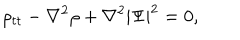
\rho _ { t t } - \nabla ^ { 2 } \rho + \nabla ^ { 2 } | \Psi | ^ { 2 } = 0 ,